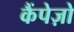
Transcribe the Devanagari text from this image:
कैंपेज़ो